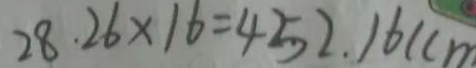
2 8 . 2 6 \times 1 6 = 4 5 2 . 1 6 ( c m